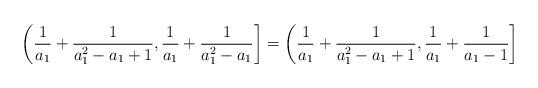
LaTeX: \begin{align*}\left(\frac{1}{a_1} + \frac{1}{a_1^2 - a_1+1}, \frac{1}{a_1} + \frac{1}{a_1^2 - a_1} \right] = \left(\frac{1}{a_1} + \frac{1}{a_1^2 - a_1+1}, \frac{1}{a_1} + \frac{1}{a_1-1} \right] \end{align*}